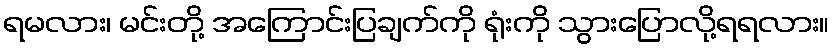
ရမလား၊ မင်းတို့ အကြောင်းပြချက်ကို ရုံးကို သွားပြောလို့ရရလား။